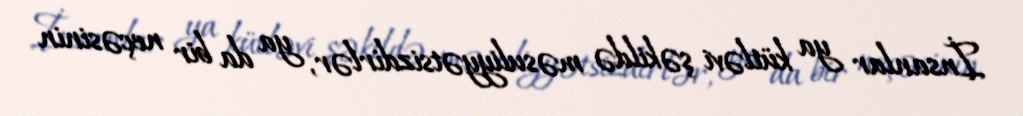
İnsanlar ya kütləvi şəkildə məsuliyyətsizdirlər, ya da bir neçəsinin